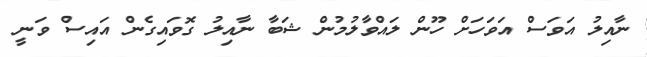
ނާއިލު އަވަސް އަވަހަށް ހޫން ލައްވާލުމުން ޝަބާ ނާއިލު ގޮވައިގެން އައިސް ވަނީ